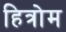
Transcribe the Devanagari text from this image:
हित्रोम